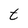
Character: t